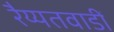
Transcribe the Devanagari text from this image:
रैय्यतवाडीं